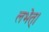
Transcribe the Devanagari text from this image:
लभेत्।